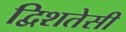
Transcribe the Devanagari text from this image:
द्विशतेसी